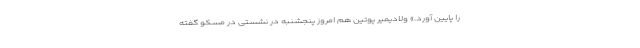
را پایین آورد.» ولادیمیر پوتین هم امروز پنجشنبه در نشستی در مسکو گفته